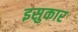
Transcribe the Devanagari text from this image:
इसुकार